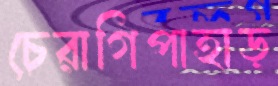
চেরাগিপাহাড়